画像に写った文字を読んでください
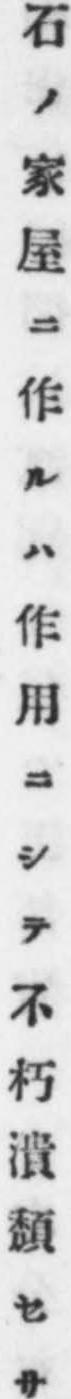
「石ノ家屋ニ作ルハ作用ニシテ不朽潰頽セサ」と書いてあります